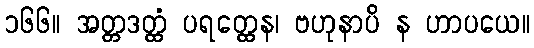
၁၆၆။ အတ္တဒတ္ထံ ပရတ္ထေန၊ ဗဟုနာပိ န ဟာပယေ။